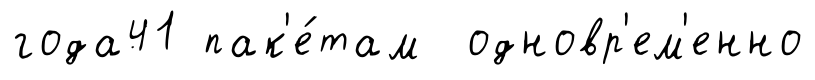
года41 пак'е́там одновр'ем'енно